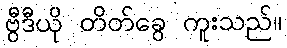
ဗွီဒီယို တိတ်ခွေ ကူးသည်။